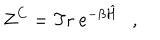
Z ^ { C } = \mathrm { T r } ~ e ^ { - \beta \hat { \cal H } } ,